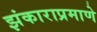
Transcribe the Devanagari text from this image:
झंकाराप्रमाणे